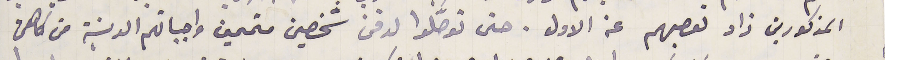
المذكورين زاد تعصبهم عن الاول. حتى توصَّلوا لدفن شخصين متممين واجباتهم الدينية من كاهن